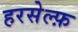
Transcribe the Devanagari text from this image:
हरसेल्फ़